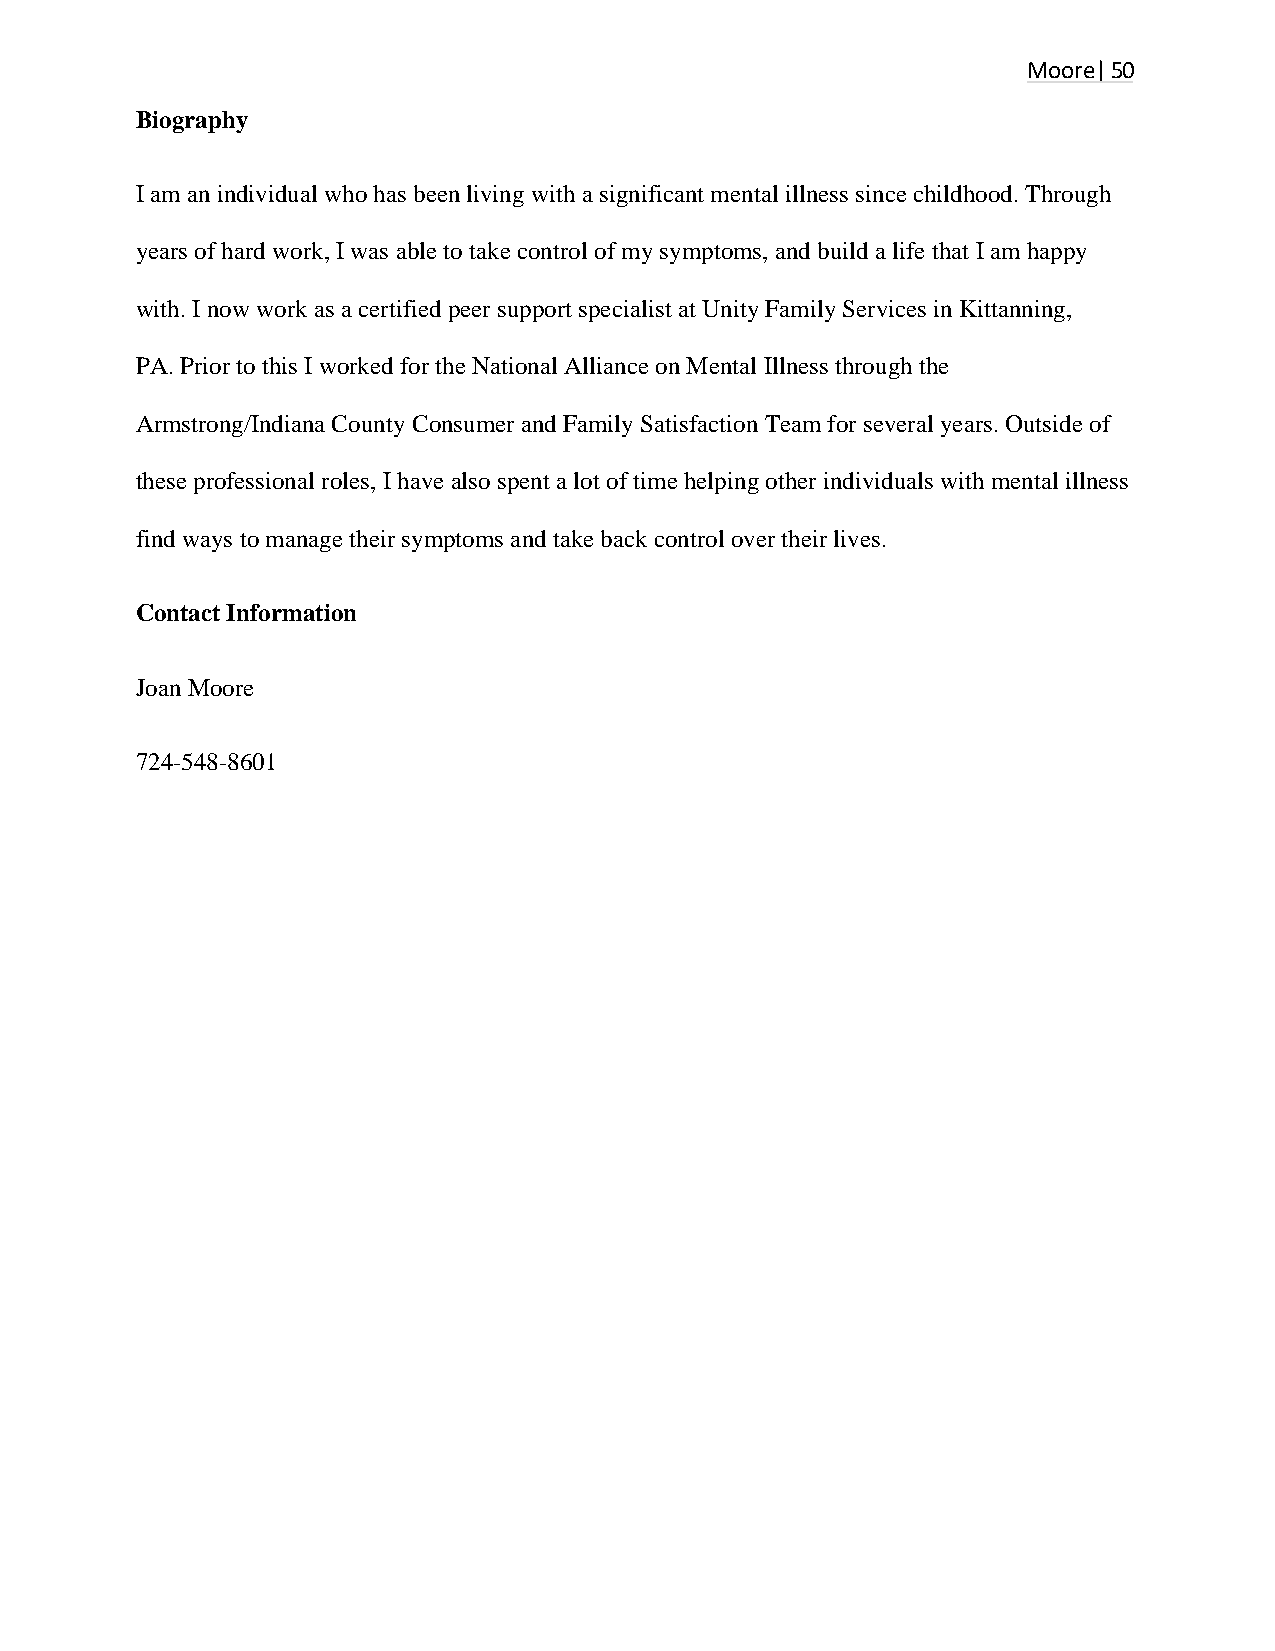
Moore| 50
 Biography
 I am an individual who has been living with a significant mental illness since childhood. Through
 years of hard work, I was able to take control of my symptoms, and build a life that I am happy
 with. I now work as a certified peer support specialist at Unity Family Services in Kittanning,
 PA. Prior to this I worked for the National Alliance on Mental Illness through the
 Armstrong/Indiana County Consumer and Family Satisfaction Team for several years. Outside of
 these professional roles, I have also spent a lot of time helping other individuals with mental illness
 find ways to manage their symptoms and take back control over their lives.
 Contact Information
 Joan Moore
 724-548-8601